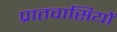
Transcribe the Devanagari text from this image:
प्रातवासियों